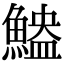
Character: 𫙬